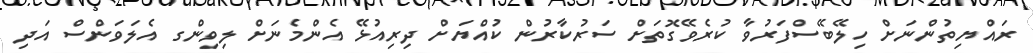
ރައްޔިތުންނަށް ހިލޭބޭސްފަރުވާ ކުރެވޭގޮތަށް ސަރުކާރުން ކުއްޔަށް ދިރިއުޅޭ އެންމެނަށް ލިވިންގ އެލަވަންސް އަދި